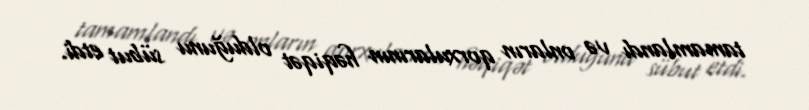
tamamlandı və onların qorxularının həqiqət olduğunu sübut etdi.